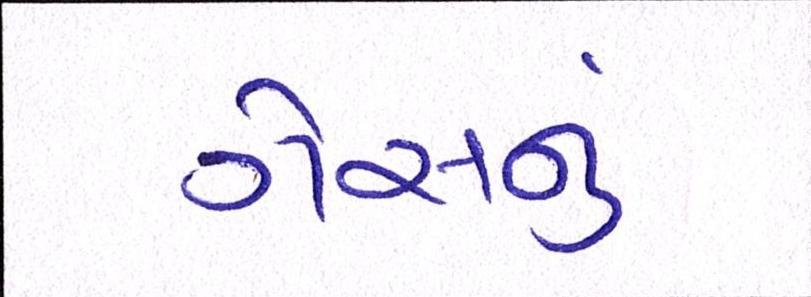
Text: ગેસનું